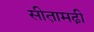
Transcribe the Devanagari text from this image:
सीता़मढी़